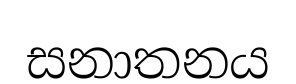
සනාතනය